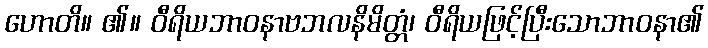
ဟောတိ။ ၏။ ဝီရိယဘာဝနာဗဘလနိမိတ္တံ၊ ဝီရိယဖြင့်ပြီးသောဘာဝနာ၏